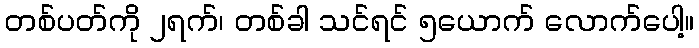
တစ်ပတ်ကို ၂ရက်၊ တစ်ခါ သင်ရင် ၅ယောက် လောက်ပေါ့။